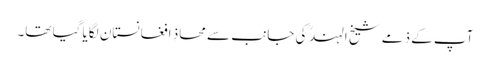
آپ کے ذمے شیخ الہند ؒ کی جانب سے محاذِ افغانستان لگایا گیا تھا۔